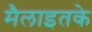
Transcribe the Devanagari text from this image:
मैलाइतके